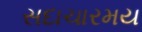
સદાચારમય